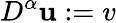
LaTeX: D^{\alpha}\mathbf{u}:=v